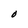
Character: O